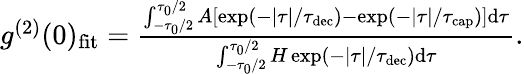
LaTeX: \begin{array}{r}{g^{(2)}(0)_{\mathrm{fit}}=\frac{\int_{-\tau_{0}/2}^{\tau_{0}/2}A\left[\exp\left(-|\tau|/\tau_{\mathrm{dec}}\right)-\exp\left(-|\tau|/\tau_{\mathrm{cap}}\right)\right]\mathrm{d}\tau}{\int_{-\tau_{0}/2}^{\tau_{0}/2}H\exp\left(-|\tau|/\tau_{\mathrm{dec}}\right)\mathrm{d}\tau}.}\end{array}